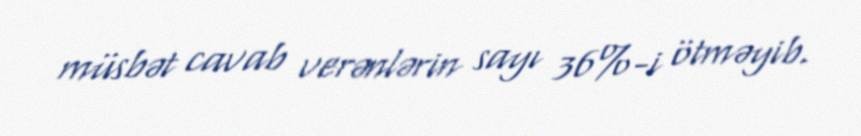
müsbət cavab verənlərin sayı 36%-i ötməyib.